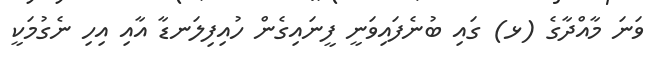
ވަނަ މާއްދާގެ (ޅ) ގައި ބުނެފައިވަނީ ފީނައިގެން ހުއިފިލަނޑާ އާއި އިހި ނެގުމަކީ